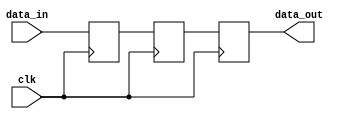

module buffer3x(
    input [3:0] data_in,
    input clk,
    output reg [3:0] data_out);

    reg [3:0] buffer0, buffer1, buffer2;

    always @(posedge clk) begin
        buffer0 <= data_in;
        buffer1 <= buffer0;
        //buffer2 <= buffer1;
        data_out <= buffer1;
    end

endmodule